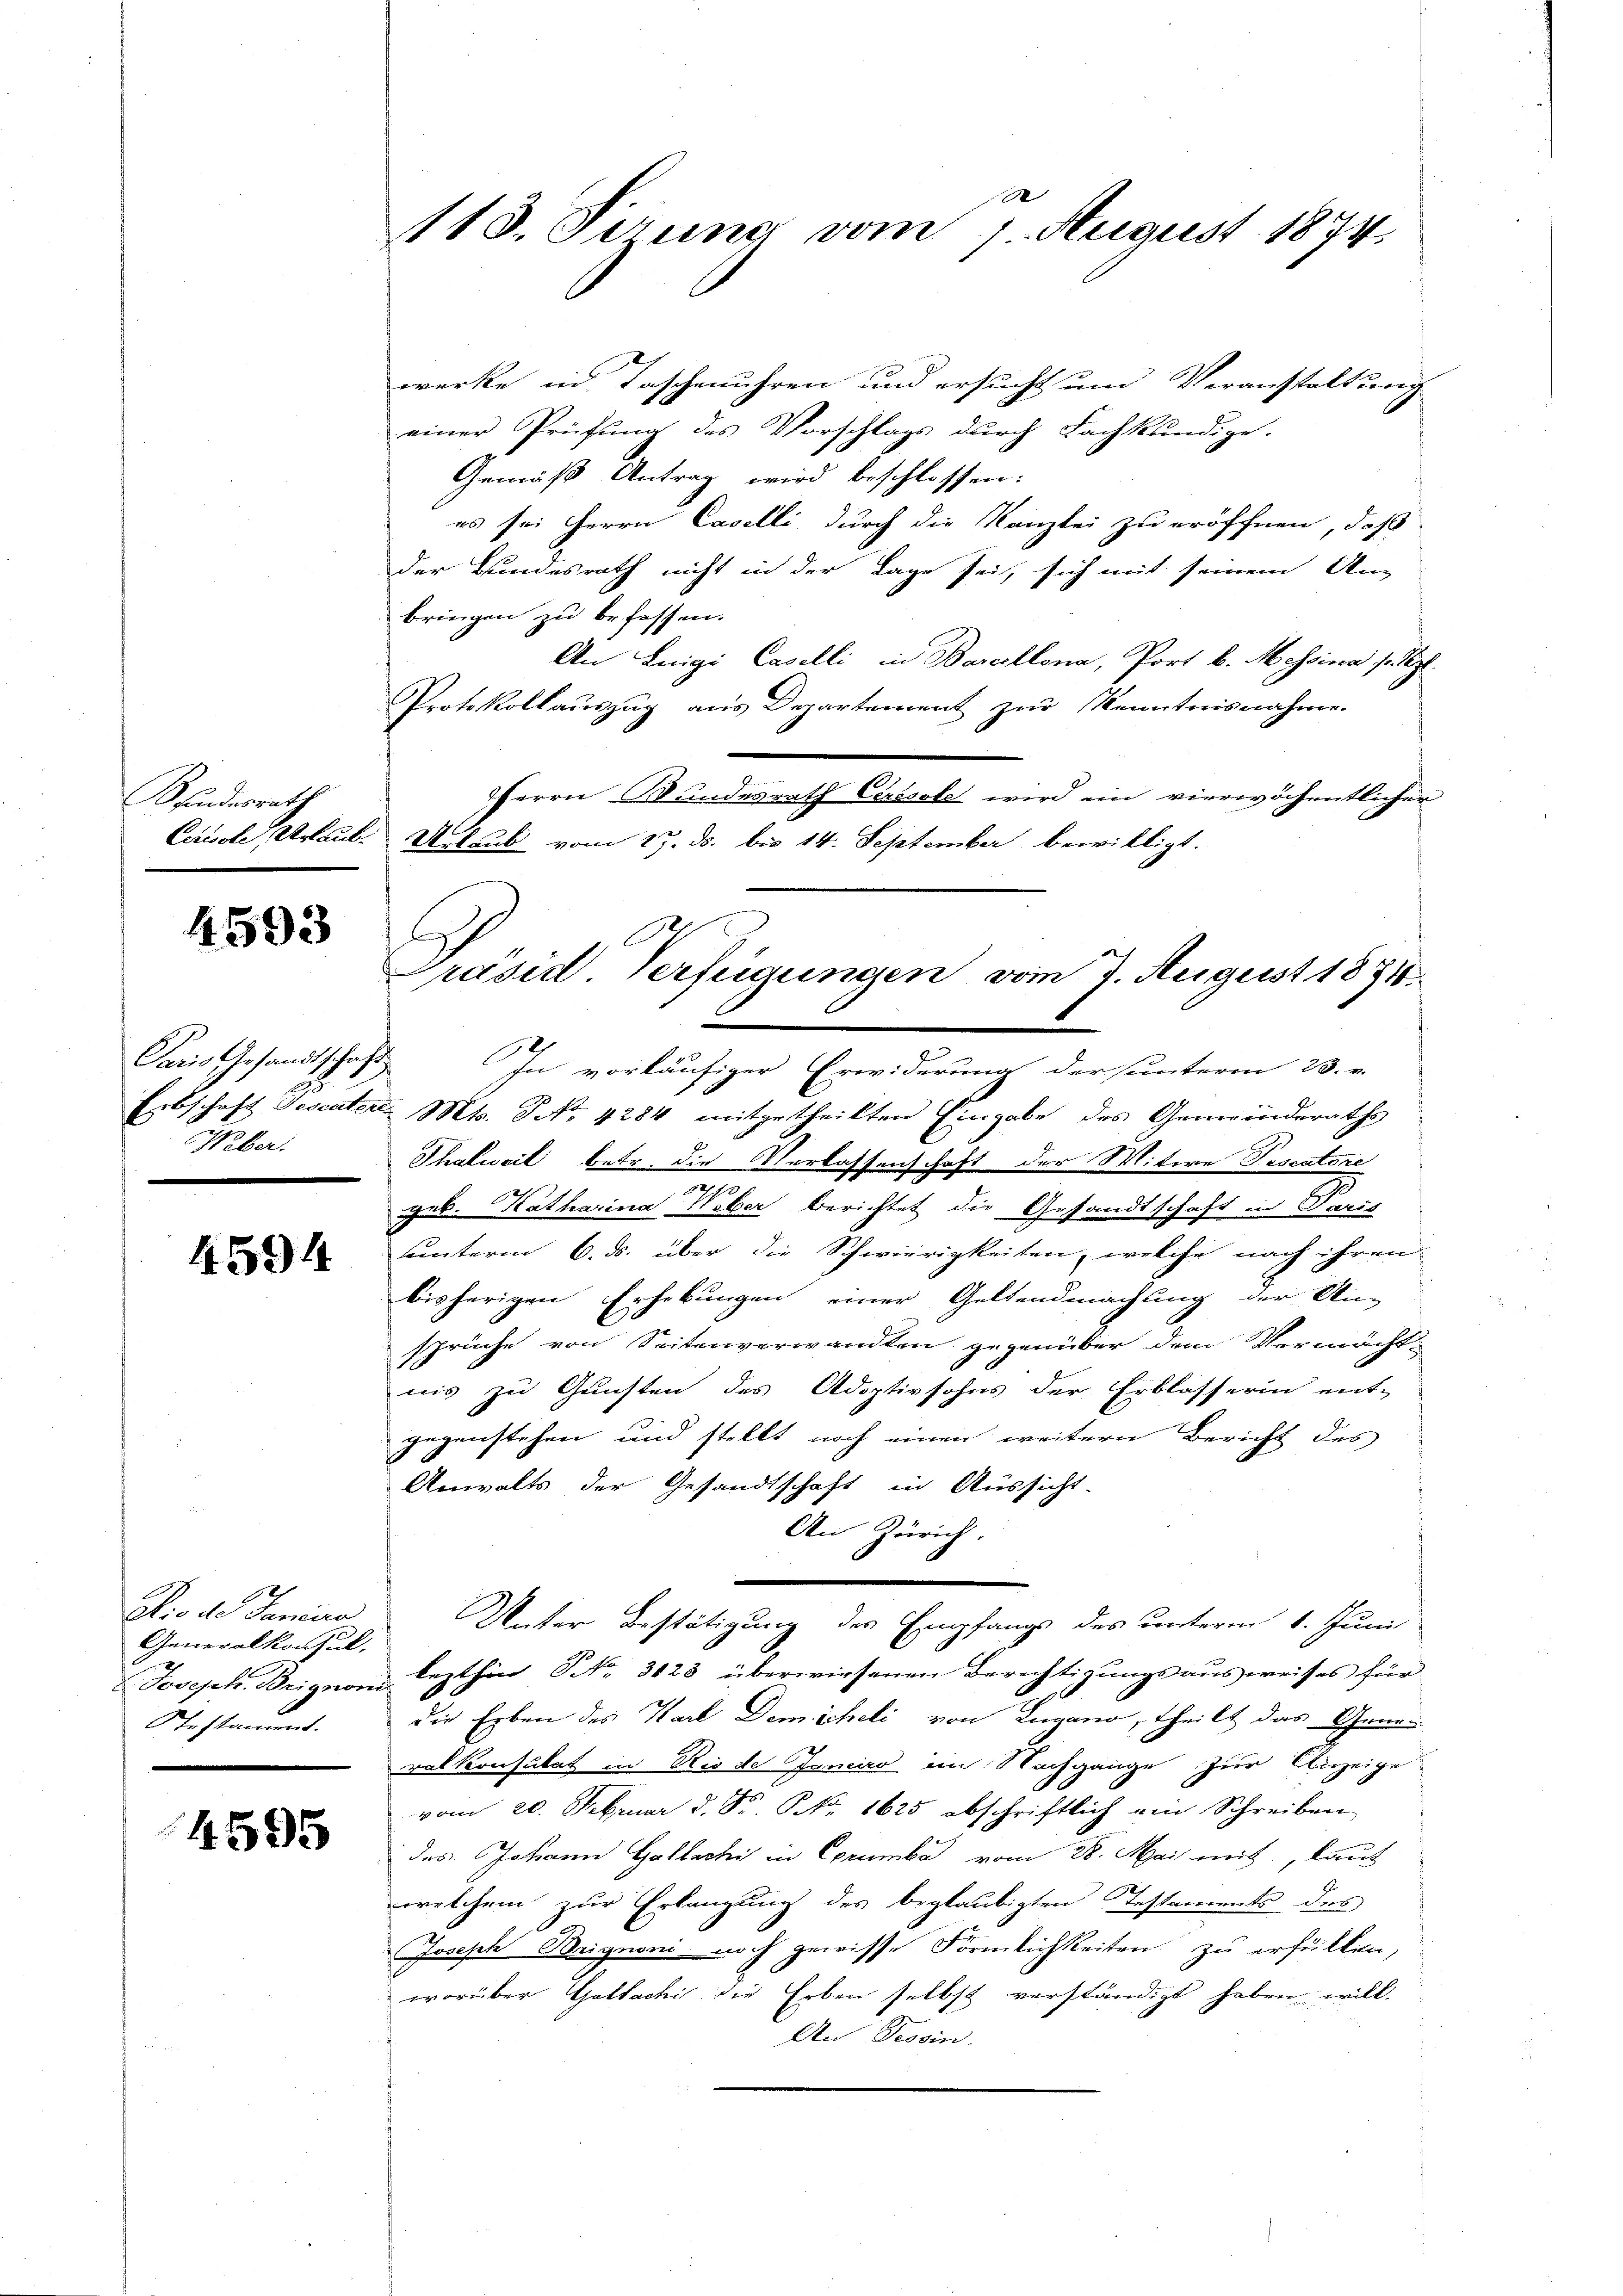
Bundesrath
Cirivole Urlaub

4593

Paris Gesandtschaft
25
Weber.

4594

90
Dtio de Sanciro
Generalkonsul,
Joseph. Brignom
Testament.

4595

118. Sirung vom 7. August 1874.

werke in Taschenuhren und ersucht um Veranstaltung
einer Prüfung des Vorschlags durch Fachkundige.
Gemäß Antrag wird beschlossen:
es sei Herrn Caselli durch die Kanzlei zu eröffnen, daß
der Bundesrath nicht in der Lage sei, sich mit seinem An
bringen zu befassen.
An Luigi Caselli in Bareillona, Port b. Messina s. z.
Protokollauszug aus Departement zur Kenntnisnahme.
HHerrn Wundesrath Cassale wird ein vierwöchentlicher
Urlaub vom 27. ds. bis 14. September bewilligt.
E
Erbschaft Testater. Mts. No. 4284 mitgetheilten Eingabe des Gemeinderaths
Thalweil betr. die Verlassenschaft der Mitere Pestatore
p
geb. Katharina Weber berichtet die Gesandtschaft in Paris
uunterm 6. ds. über die Schwierigkeiten, welche nach ihren
bisherigen Erhebungen einer Geltendmachung der Un-
sprüche von Seitenverwandten gegenüber dem Vermächt-
nis zu Gunsten des Adoptivsohns der Erblasserin ent-
gegenstehen und stellt noch einen weitern Bericht des
Anwalts der Gesandtschaft in Aussicht.
An Zürich.
Unter Bestätigung des Empfangs des unterm 1. Juni
lezthin Nr. 3128 überwiesenen Berechtigungsausweises für
die Erben des Karl Demicheli von Lugano, theilt das General Konsulat in Rio de Janio im Nachgange zur Anzeige
vom 20. Februar d. S. Nr. 1625 abschriftlich ein Schreiben
des Johann Gallacki in Corumbe vom 28. Mai mit, laut
welchem zur Erlangung des beglaubigten Testaments des
Joseph Brignoni noch gewisse Förmlichkeiten zu erfüllen,
worüber Gattacki die Erben selbst verständigt haben will.
An Tessin.

x
Präsid. Verfügungen vom 7. August 1874
In vorläufiger Erwiderung der sunterm 23. v.